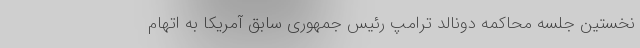
نخستین جلسه محاکمه دونالد ترامپ رئیس جمهوری سابق آمریکا به اتهام